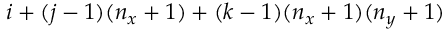
i + ( j - 1 ) ( n _ { x } + 1 ) + ( k - 1 ) ( n _ { x } + 1 ) ( n _ { y } + 1 )